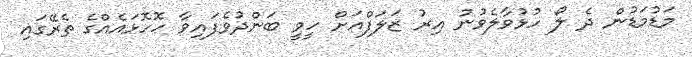
މަޑުމަޑުން ދެ ލޯ ހުޅުވާލެވުނު އިރު ޒަލަފްއަށް ހީވީ ބަންދުވެފައިވާ ހޮހޮޅައެއްގެ ތެރޭގައި